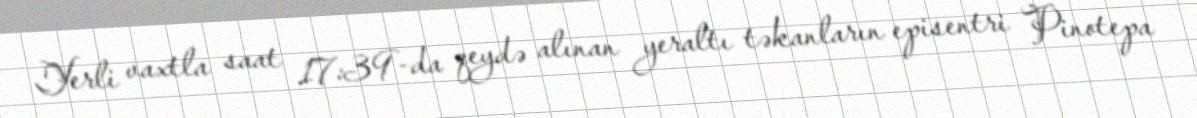
Yerli vaxtla saat 17:39-da qeydə alınan yeraltı təkanların episentri Pinotepa